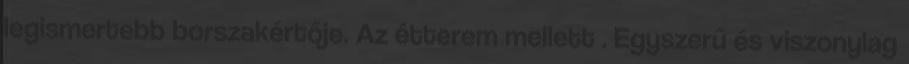
legismertebb borszakértője. Az étterem mellett . Egyszerű és viszonylag